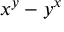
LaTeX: x ^ { y } - y ^ { x }